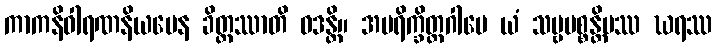
ကာကနိဝါရဏနိယမေန ခိတ္တဿာတိ ဝဒန္တိ။ အပရိက္ခိတ္တဂါမေ ယံ သဗ္ဗပစ္စန္တိမဿ ဃရဿ